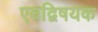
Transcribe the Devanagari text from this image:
एवद्विषयक